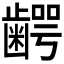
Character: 𮯋